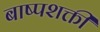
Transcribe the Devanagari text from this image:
बाष्पशक्ती